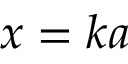
x = k a